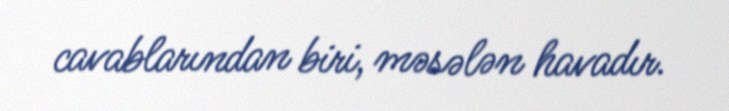
cavablarından biri, məsələn havadır.